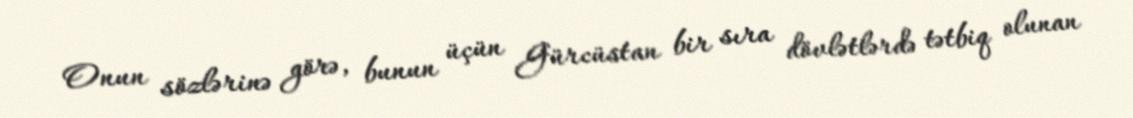
Onun sözlərinə görə, bunun üçün Gürcüstan bir sıra dövlətlərdə tətbiq olunan